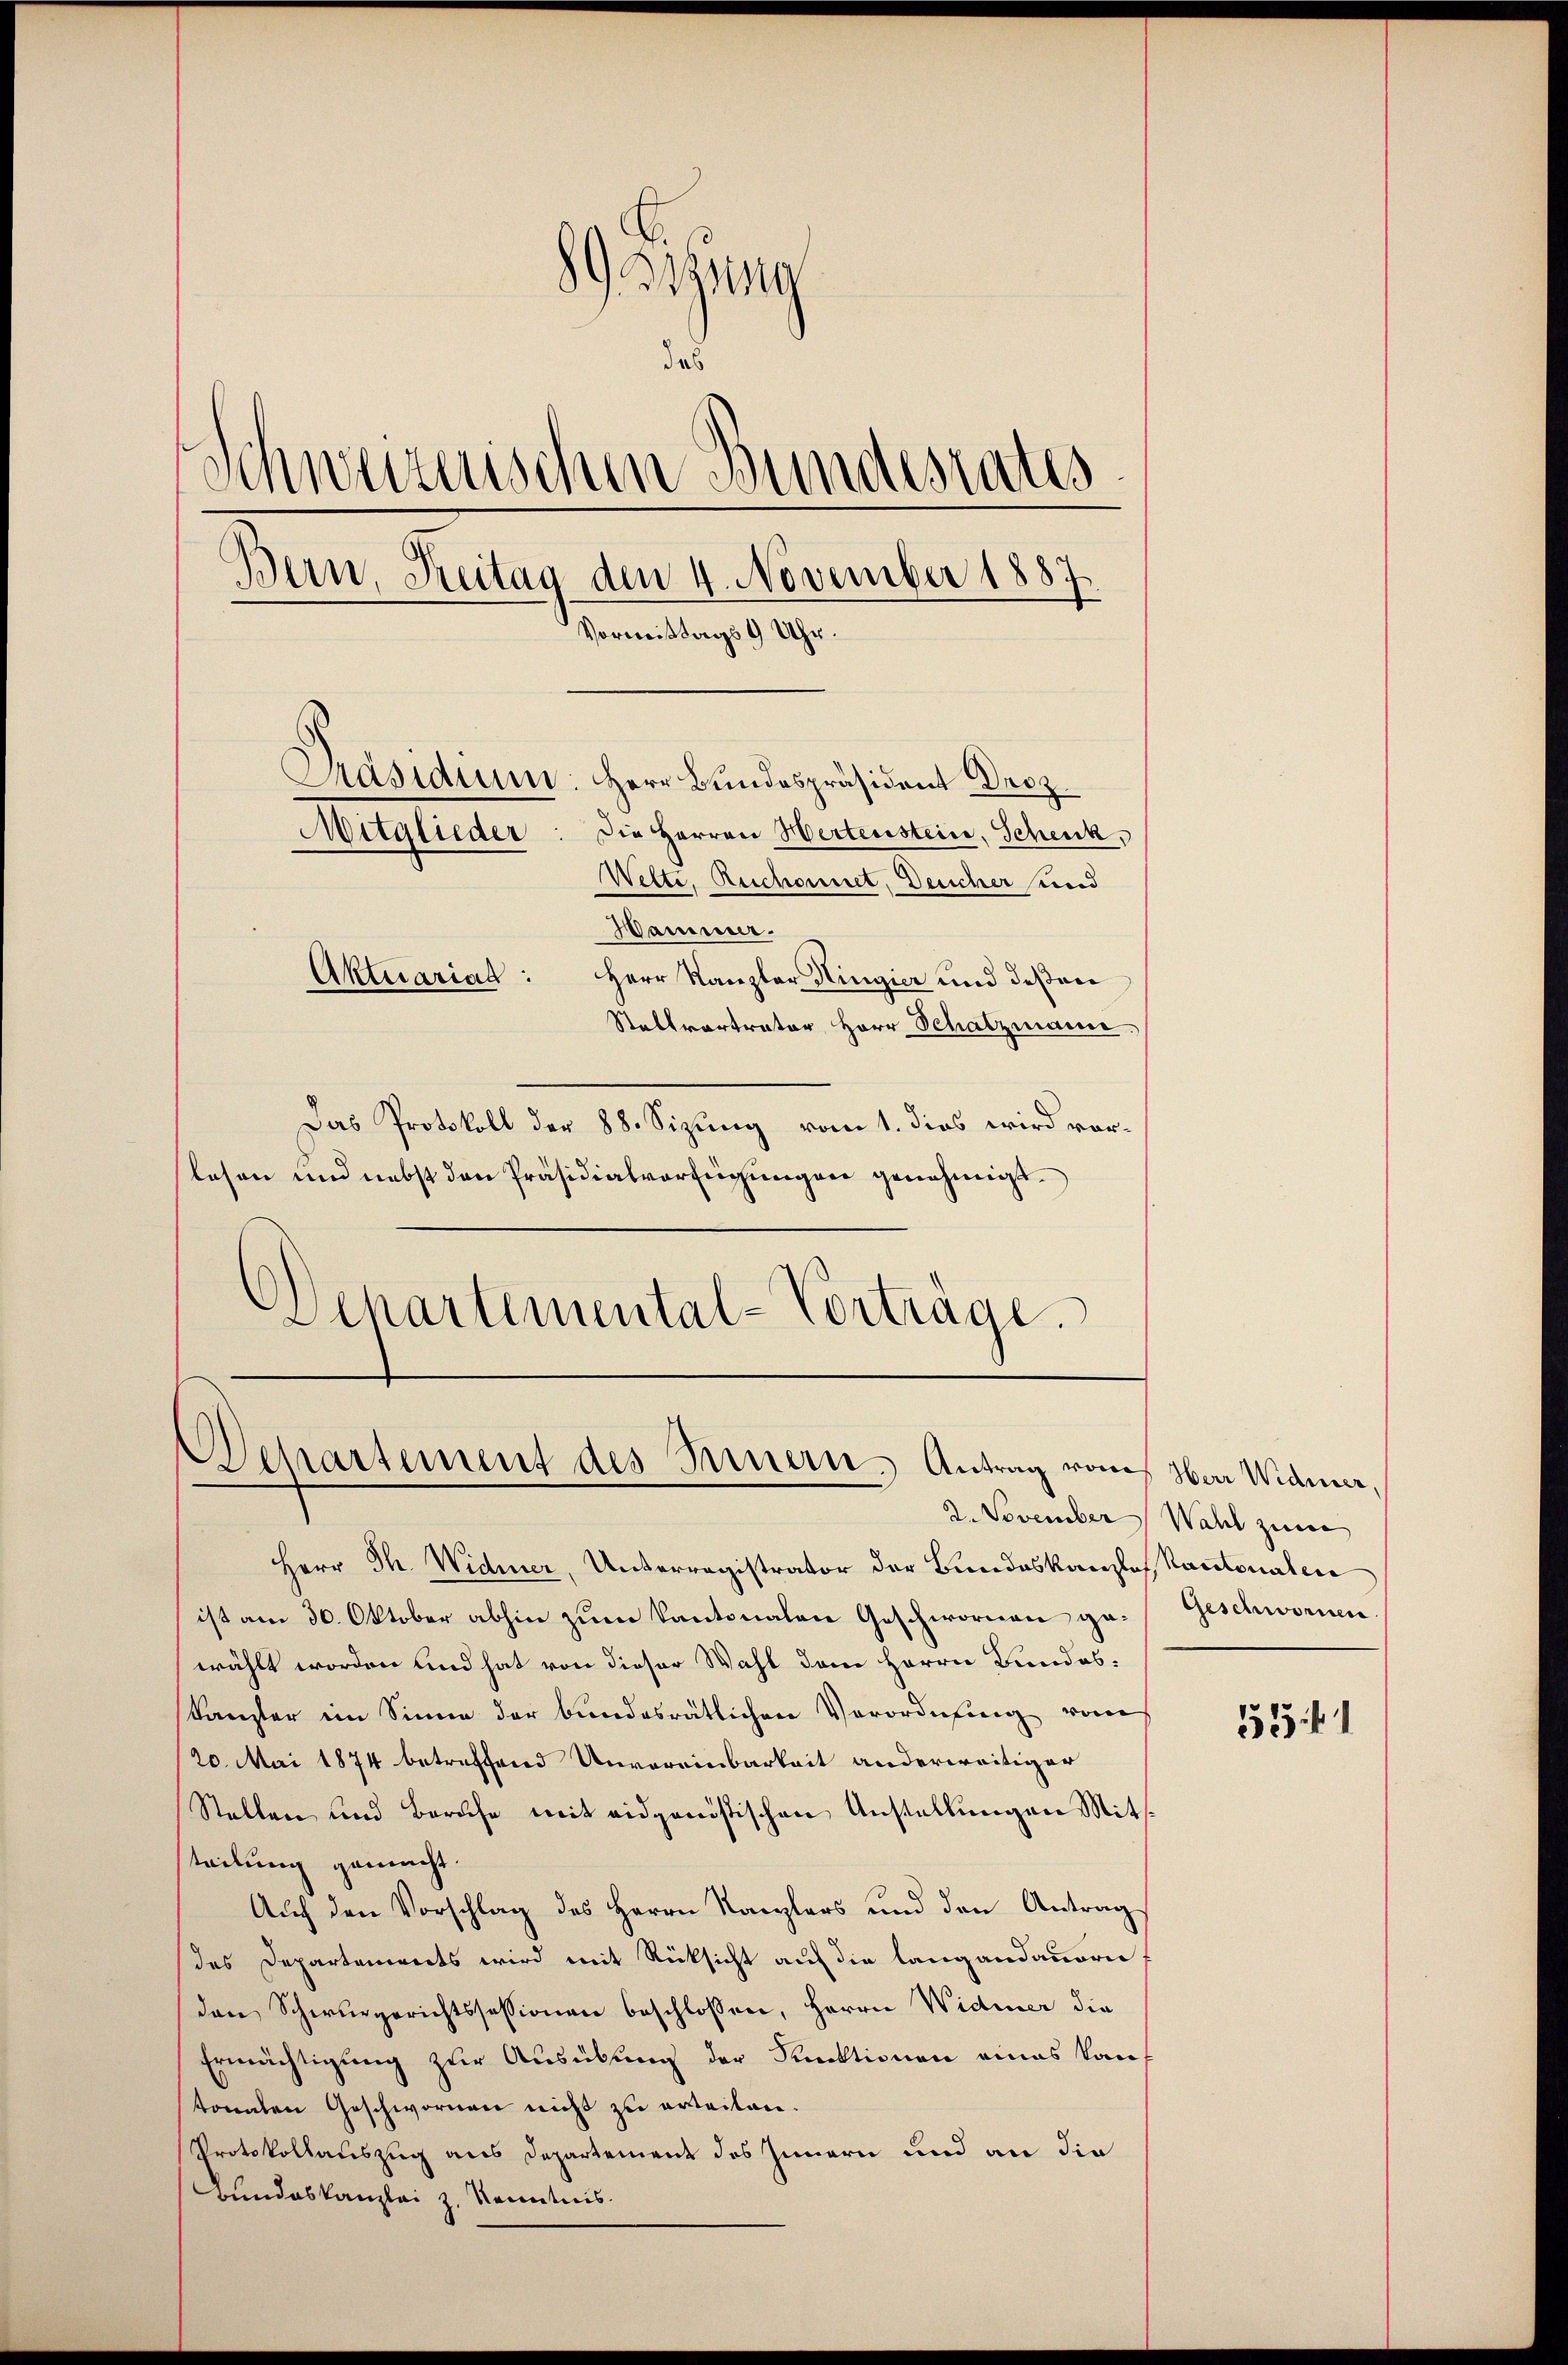
89 Setzung
das
Schweizerischen Bundesrates
Bern, Freitag den 4. November 1887
f
Vormittags 9 Uhr.
Präsidium: Herr Bundespräsident Droz.
Die Herren Hertenstein, Schenk,
Mitgliede
Wette, Reschonnet, Deucher und
Wammer.
Aktuariat: Herr Kanzler Hingier und deßen
Stellvertrator Herr Schatzmann.

Das Protokoll der 88. Sizung vom 1. dies wird vorlesen und nebst den Präsidialverfügungen genehmigt.
Departemental-Vorträge.

Departement des Innern. Antrag von Herr Widmer,

2. November Wahl zum

Herr Th. Widmer, Unterregistrator der Bundeskanzlos, Kantonalen
ist am 30. Oktober abhin zum Kantonalen Geschwornen ge- Geschwornen.
wählt worden und hat von dieser Wahl dem Herrn Bundeskanzler im Sinne der bundesrätlichen Verordnung vom
20. Mai 1874 betreffend Unvereinbarkeit anderweitiger
Stellen und Beruhe mit eidgenössischen Anstellungen Mitteilung gemacht.
Auch den Vorschlag des Herrn Kanzlers und den Antrags
des Departements wird mit Rücksicht auf die langandauern
den Schwurgerichtssessionen beschlossen, Herrn Widmer die
Ermächtigung zur Ausübung der Funktionen eines Kauf
tonalen Geschwornen nicht zu erteilen.
Protokollauszug aus Departement des Innern und an die
Bundeskanzlei z. Kenntnis

152 f. 1